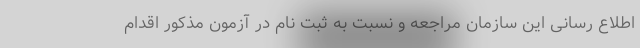
اطلاع رسانی این سازمان مراجعه و نسبت به ثبت نام در آزمون مذکور اقدام